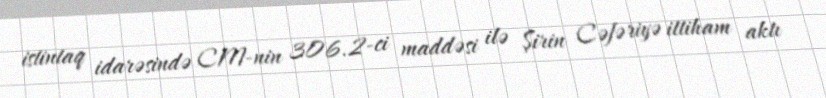
istintaq idarəsində CM-nin 306.2-ci maddəsi ilə Şirin Cəfəriyə ittiham aktı